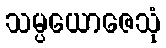
သမ္ပယောဇေသုံ